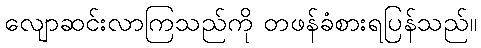
လျောဆင်းလာကြသည်ကို တဖန်ခံစားရပြန်သည်။